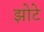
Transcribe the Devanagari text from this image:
झोटे